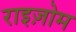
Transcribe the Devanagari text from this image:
राइज़ोम